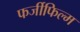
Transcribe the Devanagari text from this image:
फर्जीफिल्म